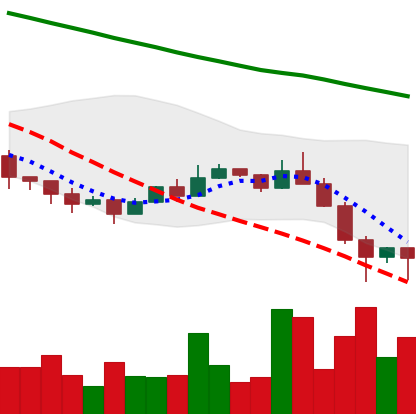
Ticker: ETC-USD
Chart end date: 2022-01-24
Forward return: 5.041%
Label: up_5_7